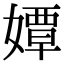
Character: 㜤